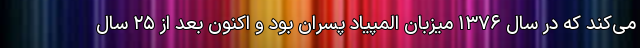
می‌کند که در سال ۱۳۷۶ میزبان المپیاد پسران بود و اکنون بعد از ۲۵ سال